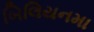
બિલિયનમા